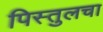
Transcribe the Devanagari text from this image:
पिस्तुलचा